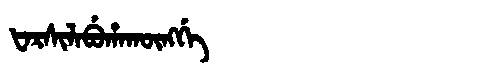
Manchu: ᡶᠠᡵᠰᡳᠯᠠᠪᡠᡥᠠᡴᡡᠩᡤᡝ
Romanization: FARSILABUHAKŪNGGE